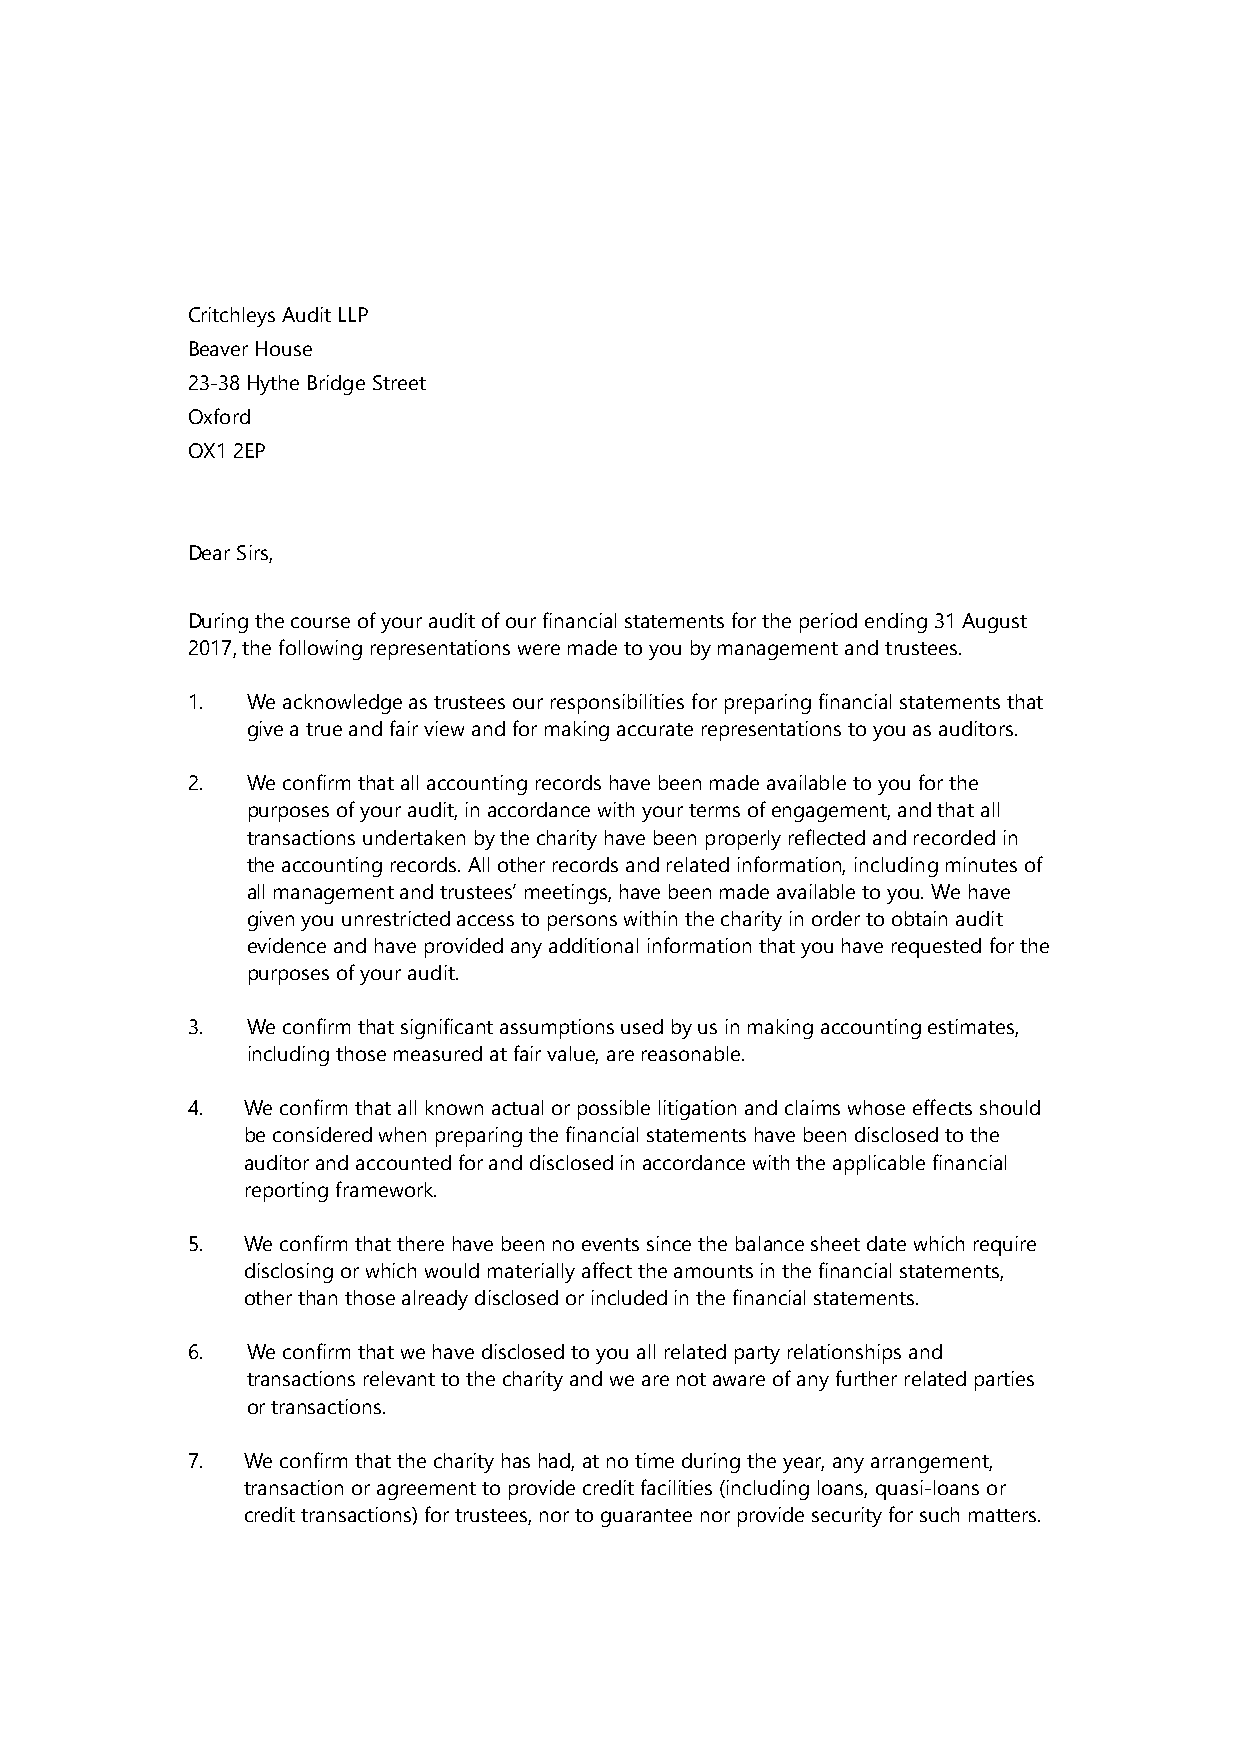
Critchleys Audit LLP
 Beaver House
 23-38 Hythe Bridge Street
 Oxford
 OX1 2EP
 Dear Sirs,
 During the course of your audit of our financial statements for the period ending 31 August
 2017, the following representations were made to you by management and trustees.
 1.  We acknowledge as trustees our responsibilities for preparing financial statements that
 give a true and fair view and for making accurate representations to you as auditors.
 2.  We confirm that all accounting records have been made available to you for the
 purposes of your audit, in accordance with your terms of engagement, and that all
 transactions undertaken by the charity have been properly reflected and recorded in
 the accounting records. All other records and related information, including minutes of
 all management and trustees’ meetings, have been made available to you. We have
 given you unrestricted access to persons within the charity in order to obtain audit
 evidence and have provided any additional information that you have requested for the
 purposes of your audit.
 3.  We confirm that significant assumptions used by us in making accounting estimates,
 including those measured at fair value, are reasonable.
 4.  We confirm that all known actual or possible litigation and claims whose effects should
 be considered when preparing the financial statements have been disclosed to the
 auditor and accounted for and disclosed in accordance with the applicable financial
 reporting framework.
 5.  We confirm that there have been no events since the balance sheet date which require
 disclosing or which would materially affect the amounts in the financial statements,
 other than those already disclosed or included in the financial statements.
 6.  We confirm that we have disclosed to you all related party relationships and
 transactions relevant to the charity and we are not aware of any further related parties
 or transactions.
 7.  We confirm that the charity has had, at no time during the year, any arrangement,
 transaction or agreement to provide credit facilities (including loans, quasi-loans or
 credit transactions) for trustees, nor to guarantee nor provide security for such matters.